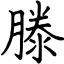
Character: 滕